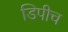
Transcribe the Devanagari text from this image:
डिपीच